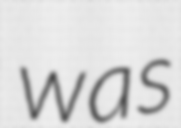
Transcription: was